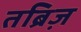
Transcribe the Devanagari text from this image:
तब्रिज़